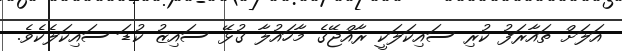
އަލަށް ތައާރަފު ކުރި ސައިކަލަކީ ރާއްޖޭގެ މާހައުލާ ގުޅޭ ސައިޒު ކުޑަ ސައިކަލެކެވެ.